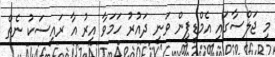
މި ޖަލްސާގައި އެމްޑީޕީން ވަނީ ދައުރު ހަމަވާ އިރު އާ ރައީސަކު ނެތް